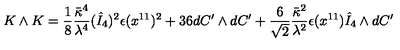
K \wedge K = \frac { 1 } { 8 } \frac { \bar { \kappa } ^ { 4 } } { \lambda ^ { 4 } } ( \hat { I } _ { 4 } ) ^ { 2 } \epsilon ( x ^ { 1 1 } ) ^ { 2 } + 3 6 d C ^ { \prime } \wedge d C ^ { \prime } + \frac { 6 } { \sqrt { 2 } } \frac { \bar { \kappa } ^ { 2 } } { \lambda ^ { 2 } } \epsilon ( x ^ { 1 1 } ) \hat { I } _ { 4 } \wedge d C ^ { \prime }